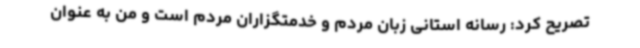
تصریح کرد: رسانه استانی زبان مردم و خدمتگزاران مردم است و من به عنوان